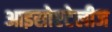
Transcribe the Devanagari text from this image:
आइसोएटेलीज